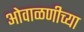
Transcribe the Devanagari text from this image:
ओवाळणीच्या